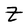
Character: Z